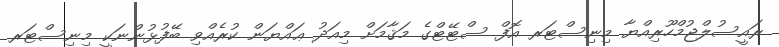
ރައީސުލްޖުމްހޫރިއްޔާ މިނިސްޓަރ އޮފް ސްޓޭޓްގެ މަޤާމަށް މިއަދު ޢައްޔަން ކުރެއްވި ބޭފުޅުންނަކީ މިނިސްޓަރ